Calcutta medical institutions reports 1879-81 [i.e.91]
Year: 1879
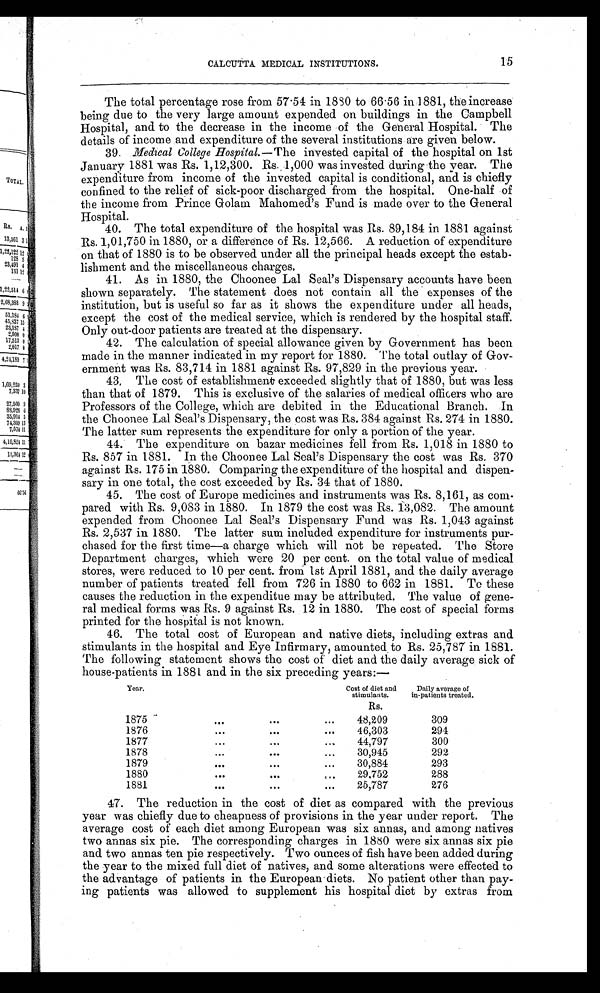
CALCUTTA MEDICAL INSTITUTIONS.
15
The total percentage rose from 57.54 in 1880 to 66.56 in 1881, the increase
being due to the very large amount expended on buildings in the Campbell
Hospital, and to the decrease in the income of the General Hospital. The
details of income and expenditure of the several institutions are given below.
39. Medical College Hospital .—The invested capital of the hospital on 1st
January 1881 was Rs. 1,12,300. Rs. 1,000 was invested during the year. The
expenditure from income of the invested capital is conditional, and is chiefly
confined to the relief of sick-poor discharged from the hospital. One-half of
the income from Prince Golam Mahomed's Fund is made over to the General
Hospital.
40.
The total expenditure of the hospital was Rs. 89,184 in 1881 against
Rs. 1,01,750 in 1880, or a difference of Rs. 12,566. A reduction of expenditure
on that of 1880 is to be observed under all the principal heads except the estab
-lishment and the miscellaneous charges.
41.
As in 1880, the Choonee Lal Seal's Dispensary accounts have been
shown separately. The statement does not contain all the expenses of the
institution, but is useful so far as it shows the expenditure under all heads,
except the cost of the medical service, which is rendered by the hospital staff.
Only out-door patients are treated at the dispensary.
42.
The calculation of special allowance given by Government has been
made in the manner indicated in my report for 1880. The total outlay of Gov
-ernment was Rs. 83,714 in 1881 against Rs. 97,829 in the previous year.
43.
The cost of establishment exceeded slightly that of 1880, but was less
than that of 1879. This is exclusive of the salaries of medical officers who are
Professors of the College, which are debited in the Educational Branch. In.
the Choonee Lal Seal's Dispensary, the cost was Rs. 384 against Rs. 274 in 1880.
The latter sum represents the expenditure for only a portion of the year.
44.
The expenditure on bazar medicines fell from Rs. 1,018 in 1880 to
Rs. 857 in 1881. In the Choonee Lal Seal's Dispensary the cost was Rs. 370
against Rs. 175 in 1880. Comparing the expenditure of the hospital and dispen
-sary in one total, the cost exceeded by Rs. 34 that of 1880.
45.
The cost of Europe medicines and instruments was Rs. 8,161, as com
-pared with Rs. 9,083 in 1880. In 1879 the cost was Rs. 13,082. The amount
expended from Choonee Lal Seal's Dispensary Fund was Rs. 1,043 against
Rs. 2,537 in 1880. The latter sum included expenditure for instruments pur
-chased for the first time—a charge which will not be repeated. The Store
Department charges, which were 20 per cent. on the total value of medical
stores, were reduced to 10 per cent. from 1st April 1881, and the daily average
number of patients treated fell from 726 in 1880 to 662 in 1881. To these
causes the reduction in the expenditue may be attributed. The value of gene
-ral medical forms was Rs. 9 against Rs. 12 in 1880. The cost of special forms
printed for the hospital is not known.
46. The total cost of European and native diets, including extras and
stimulants in the hospital and Eye Infirmary, amounted to Rs. 25,787 in 1881.
The following statement shows the cost of diet and the daily average sick of
house-patients in 1881 and in the six preceding years:—
Year.
Cost of diet and
stimulants.
Daily average of
in-patients treated.
Rs.
1875
48,209
309
1876
46,303
294
1877
44,797
300
1878
30,945
292
1879
30,884
293
1880
1 8 8 1
29,752
25,787
288
276
17. The reduction in the cost of diet as compared with the previous
year was chiefly due to cheapness of provisions in the year under report. The
average cost of each diet among European was six annas, and among natives
two annas six pie. The corresponding charges in 1880 were six annas six pie
and two annas ten pie respectively. Two ounces of fish have been added during
the year to the mixed full diet of natives, and some alterations were effected to
the advantage of patients in the European diets. No patient other than pay
-ing patients was allowed to supplement his hospital diet by extras from